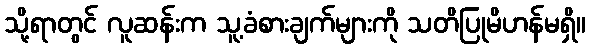
သို့ရာတွင် လူဆန်းက သူ့ခံစားချက်များကို သတိပြုမိဟန်မရှိ။